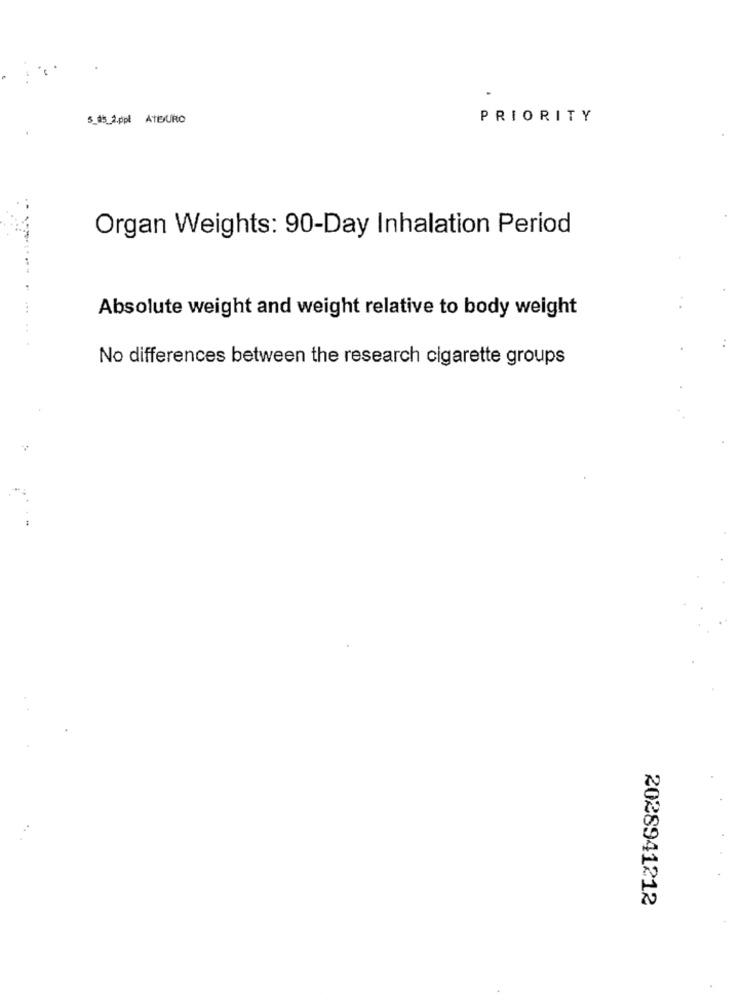
5_05_2.ppl ATDURO
PRIORITY
Organ Weights: 90-Day Inhalation Period
Absolute weight and weight relative to body weight
No differences between the research cigarette groups
2028941212